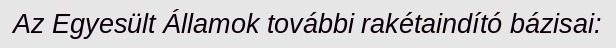
Az Egyesült Államok további rakétaindító bázisai: